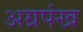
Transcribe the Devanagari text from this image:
अग्रपंख